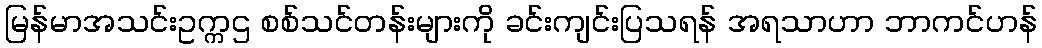
မြန်မာအသင်းဥက္ကဌ စစ်သင်တန်းများကို ခင်းကျင်းပြသရန် အရသာဟာ ဘာကင်ဟန်